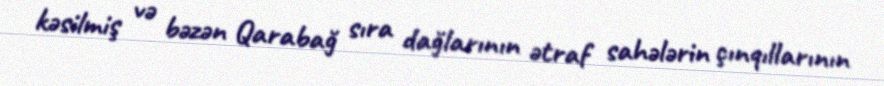
kəsilmiş və bəzən Qarabağ sıra dağlarının ətraf sahələrin çınqıllarının